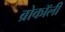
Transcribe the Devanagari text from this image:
ब्रोकॉली